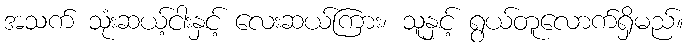
အသက် သုံးဆယ့်ငါးနှင့် လေးဆယ်ကြား၊ သူနှင့် ရွယ်တူလောက်ရှိမည်။